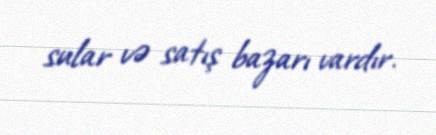
sular və satış bazarı vardır.